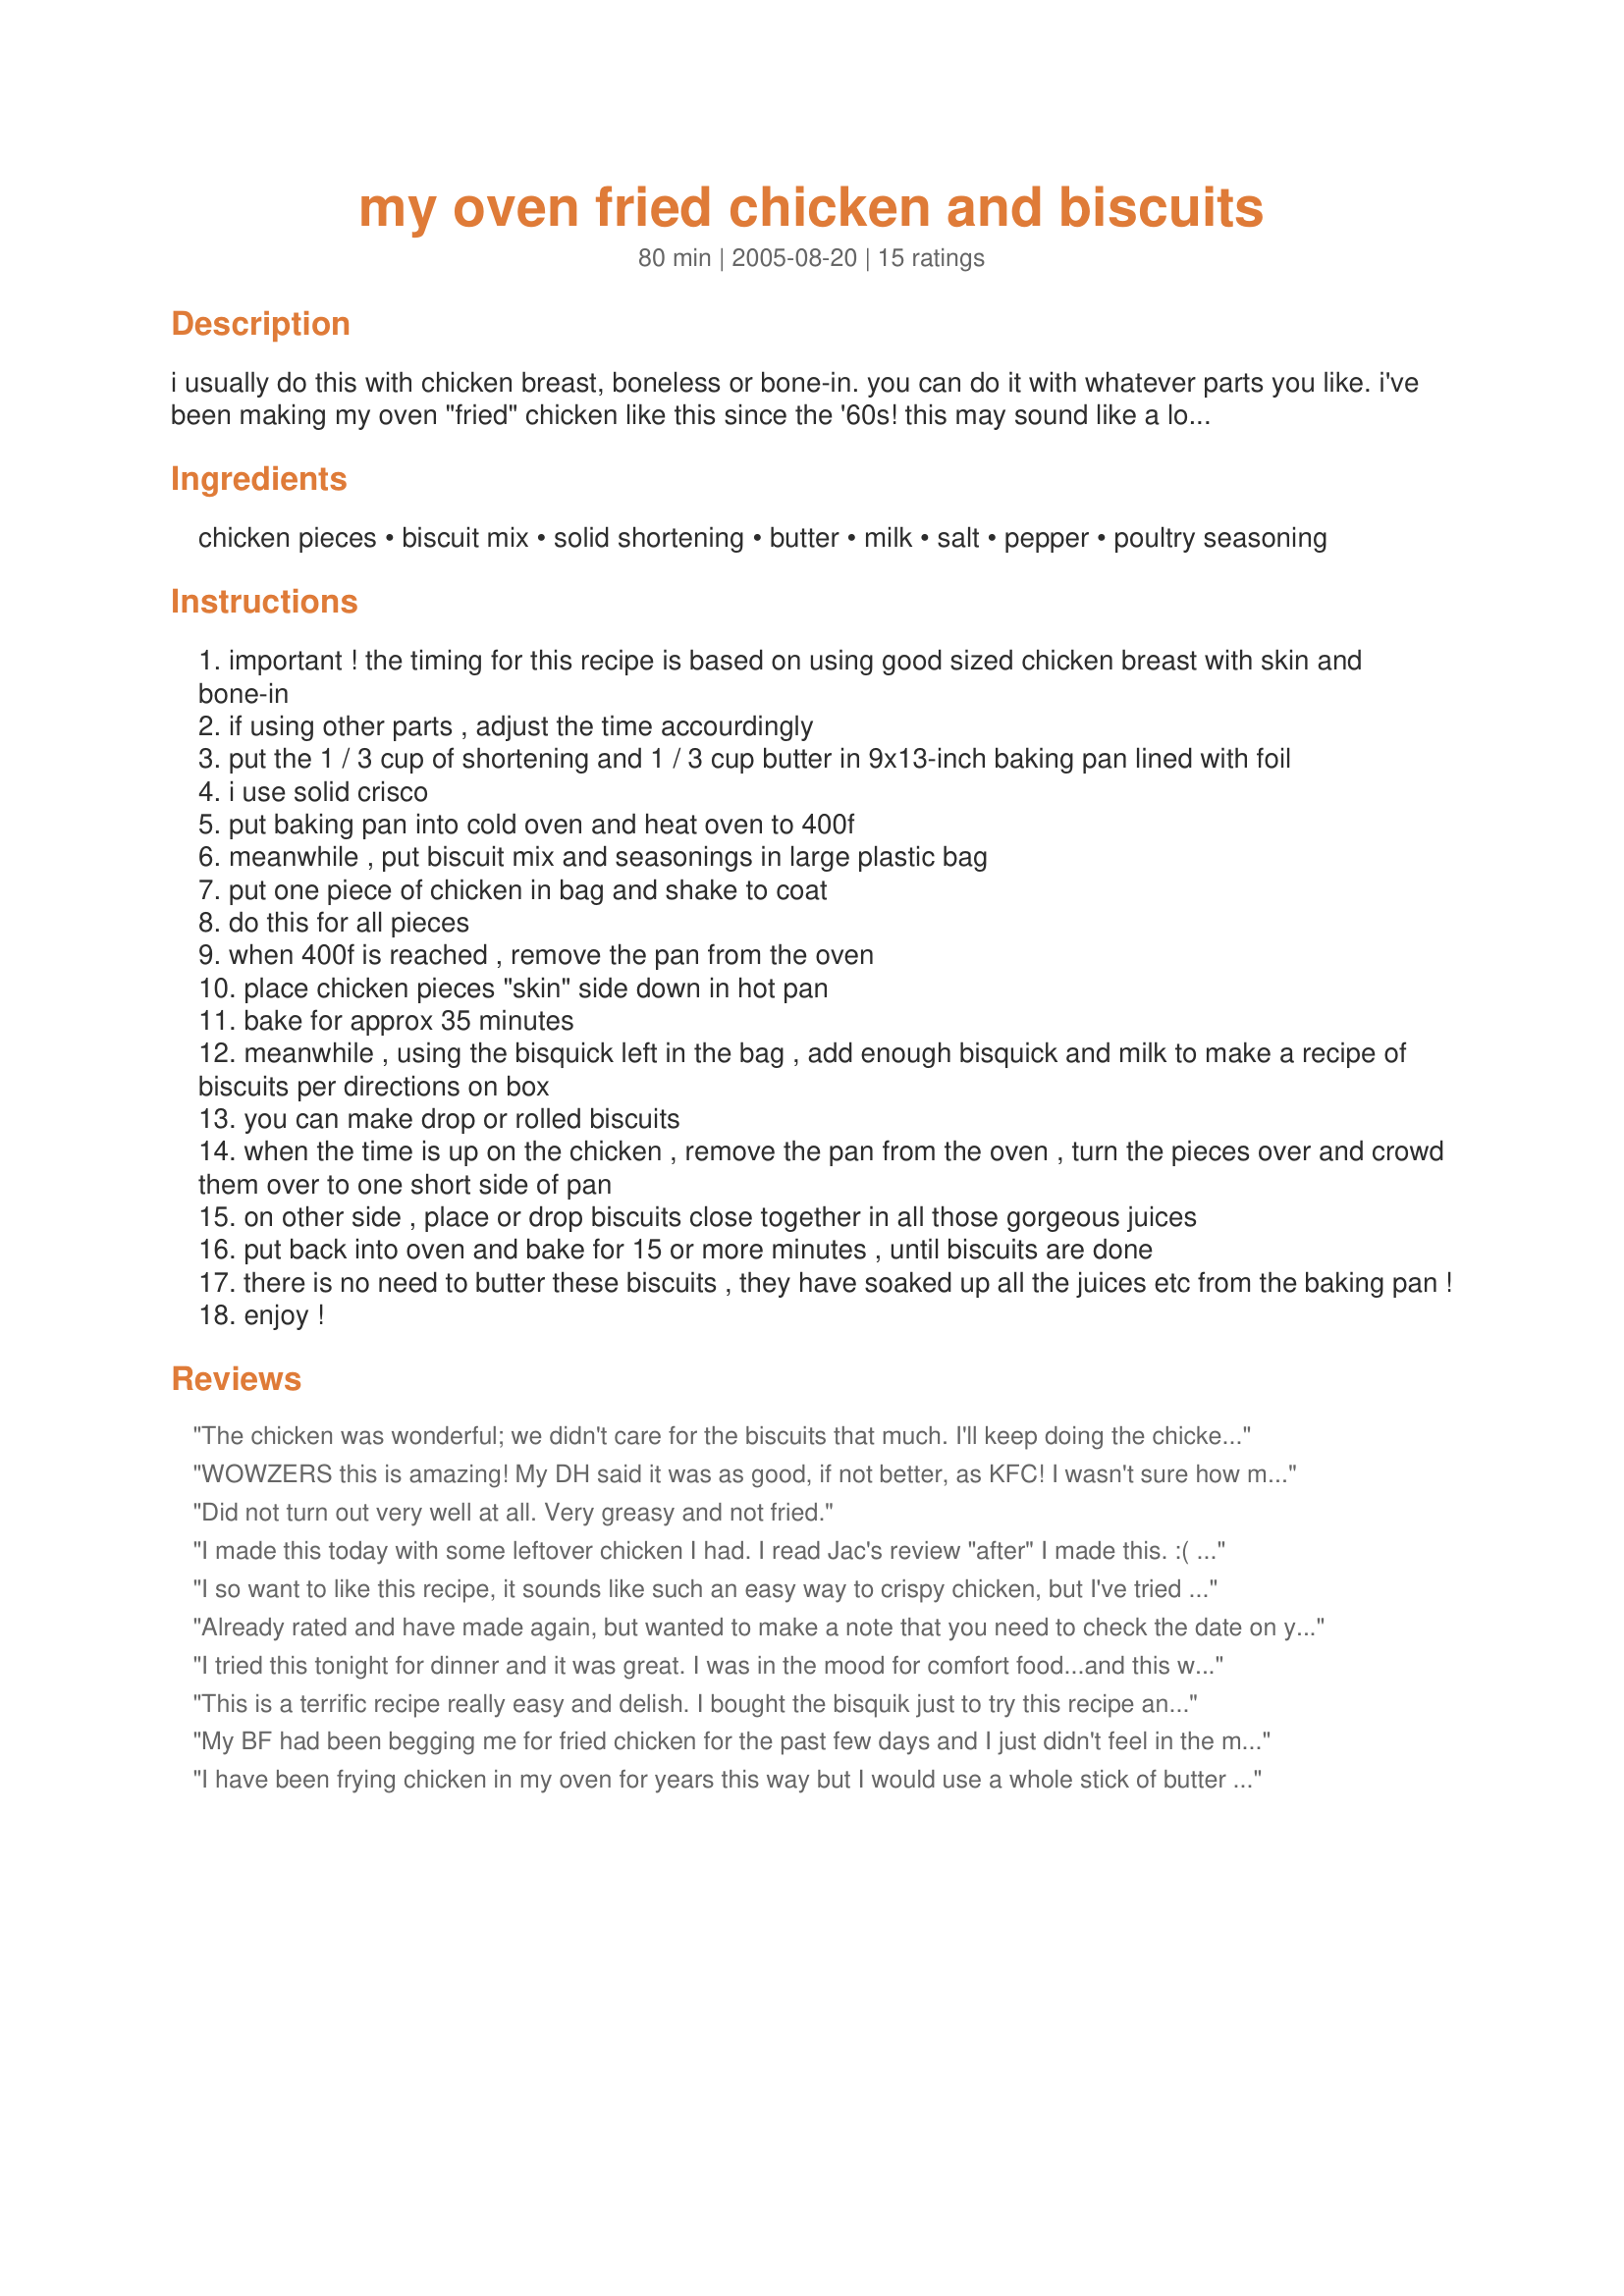
my oven fried chicken and biscuits
Preparation time: 80 minutes

i usually do this with chicken breast, boneless or bone-in. you can do it with whatever parts you like. i've been making my oven "fried" chicken like this since the '60s!
this may sound like a lot of work, but it just takes more time to write it out than to do it. note: see the comment of jacqueline in ky dated june 10. she warns about expired biscuit mix.

Ingredients:
chicken pieces, biscuit mix, solid shortening, butter, milk, salt, pepper, poultry seasoning

Steps:
important ! the timing for this recipe is based on using good sized chicken breast with skin and bone-in
if using other parts , adjust the time accourdingly
put the 1 / 3 cup of shortening and 1 / 3 cup butter in 9x13-inch baking pan lined with foil
i use solid crisco
put baking pan into cold oven and heat oven to 400f
meanwhile , put biscuit mix and seasonings in large plastic bag
put one piece of chicken in bag and shake to coat
do this for all pieces
when 400f is reached , remove the pan from the oven
place chicken pieces "skin" side down in hot pan
bake for approx 35 minutes
meanwhile , using the bisquick left in the bag , add enough bisquick and milk to make a recipe of biscuits per directions on box
you can make drop or rolled biscuits
when the time is up on the chicken , remove the pan from the oven , turn the pieces over and crowd them over to one short side of pan
on other side , place or drop biscuits close together in all those gorgeous juices
put back into oven and bake for 15 or more minutes , until biscuits are done
there is no need to butter these biscuits , they have soaked up all the juices etc from the baking pan !
enjoy !

Reviews:
The chicken was wonderful; we didn't care for the biscuits that much. I'll keep doing the chicken this way, though.
WOWZERS this is amazing! My DH said it was as good, if not better, as KFC! I wasn't sure how much seasoning to add, so I just kept sprinkling and then sniffing (HA!) the bag to "see" if it smelled seasoned enough. Also,I added some paprika to it. I was very nervous b/c I don't like prepared mixes and would rather have used a home made one, but didn't have time to make some. I used "Jiffy" brand and it was lovely! I used a family value pack of chicken which was 3 breasts, 3 legs, 2 wings, and 2 thighs. So, i didn't have leftovers from the bag of seasoning and had to just mix up biscuits separately, But still, it was AMAZING. THANK YOU!
Did not turn out very well at all. Very greasy and not fried.
I made this today with some leftover chicken I had. I read Jac's review "after" I made this. :( and I had my bisquick in a bag (big msitake) lol however, I think they turned out ok but may have been a tad out of date. The recipe as a whole is fantastic. Great taste, but as Jac pointed out make sure you check the date of your bisquick BEFORE making this. Thanks nana for a terrific recipe. Dh is under the weather today and just woke up, I gave him some of this, and he said it was just what he needed. Comfort food at it's BEST !!
I so want to like this recipe, it sounds like such an easy way to crispy chicken, but I've tried it 3x now with results that are not to my expectations. The first time I used Bisquick (new box) and the breading just didn't stay on the chicken and it was very greasy, including the biscuits. The second and third time I made Betty Crocker biscuit recipe minus the milk, removed the skin from the chicken, and reduced the shortening as another reviewer had mentioned and all I've ended up with is a gloppy mess of wet biscuit dough on the bottom of the pan that doesn't stay on the chicken when I turn it. I have an oven thermometer in my oven so I'm pretty sure the heat is correct. Any other suggestions? I really would like this method to work.
Already rated and have made again, but wanted to make a note that you need to check the date on your bisquick, the first time my buscuits didn't turn out. Got to look at date on box of Bisquick and it had expired in 2002 so be sure and check your dates.
I tried this tonight for dinner and it was great. I was in the mood for comfort food...and this was just what I needed. I used Darling76's Missouri Mix (<a href="/165761">Missouri Mix</a>) which I really recommend. It made the meal! I just added enough milk to the mix to make a nice lumpy biscuit and they were so good with all of the juices from the pan. We will be doing this again! Thanks!
This is a terrific recipe really easy and delish. I bought the bisquik just to try this recipe and we loved it ! Thanks Nana Lee!
My BF had been begging me for fried chicken for the past few days and I just didn't feel in the mood to stand over a pot of hot oil all night. I was in the mood for some comfort food though, and this recipe was great. Very little prep and an easy clean up! I used 2 boneless, skinless chicken breasts cut in half, and 4 boneless thighs I had in the freezer. I only used about 1/4 cup each of the butter and shortening and the chicken and biscuits still turned out great. I don't keep biscuit mix on hand but Zaar's substitution worked perfectly. I don't use biscuit mix very often, and I always have those ingredients in my pantry so it's so easy to whip up when I need it... plus it's so much cheaper than the commercial brands and it won't expire if you make up what you need at that time!. I cooked the chicken initially for 20 minutes after reading Popme 123's review and then flipped and cooked it for another 15. Perfectionn!!! At first, I was skeptical... I was worried the chicken might be bland since I only added salt, pepper and a little poultry seasoning, but I didn't need to worry at all. I don't think I will ever "fry" chicken any other way again! Thanks so much for sharing!!!
I have been frying chicken in my oven for years this way but I would use a whole stick of butter in place of the shortening and butter. Really, really liked the idea of the biscuits with the chicken drippiings and me and my husband enjoyed. It is truly the best way to fry chicken. Note: I only cooked my chicken 20 minutes instead of the 35 and then another 15 for biscuits. My husband always tell me I cook meats too long and they are dry..by cooking it only 20 minutes initially the result was perfection. Thanks.
Turned out really good!! We really enjoyed it!
Quite tasty. The coating on the chicken was a bit thinner than I would have preferred, but it was so easy to prepare! I hate frying food, and this solved that problem. Thanks! :)
Total, wonderful , comfort food. Very easy to put together , the smell while it was baking was torture! *LOL* 
I wasn't exactly sure what to do with the milk, I figured maybe dip the chicken in it? Then into the dry mix? So that's what I did. 
Excellent down home comfort food!! 
3 thumbs up at our house :) Thanks for sharing the recipe!
We had this last night for dinner and it was terrific! We'll definitely make this again! Thank you for posting, Lee.
Any recipe that the worlds pickiest eaters will eat- gets 5 stars from me!! This meal was delicious & easy to make! This is a kid pleaser! The whole family loved it! Thank you!
